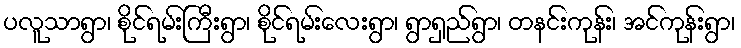
ပလူသာရွာ၊ စိုင်ရမ်းကြီးရွာ၊ စိုင်ရမ်းလေးရွာ၊ ရွာရှည်ရွာ၊ တနင်းကုန်း၊ အင်ကုန်းရွာ၊